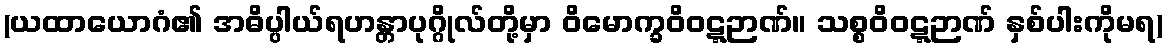
(ယထာယောဂံ၏ အဓိပ္ပါယ်ရဟန္တာပုဂ္ဂိုလ်တို့မှာ ဝိမောက္ခဝိဝဋ္ဋဉာဏ်။ သစ္စဝိဝဋ္ဋဉာဏ် နှစ်ပါးကိုမရ)